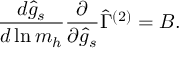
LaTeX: \frac { d \hat { g } _ { s } } { d \ln m _ { h } } \frac { \partial } { \partial \hat { g } _ { s } } \hat { \Gamma } ^ { ( 2 ) } = B .